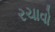
રચાવો